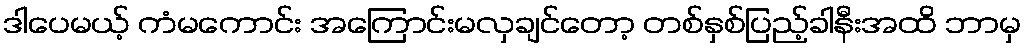
ဒါပေမယ့် ကံမကောင်း အကြောင်းမလှချင်တော့ တစ်နှစ်ပြည့်ခါနီးအထိ ဘာမှ